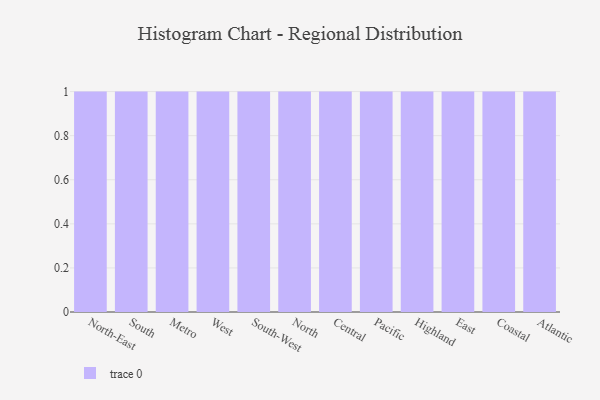
{"axis": {"x": "Region", "y": "Waste Production (Tons)"}, "legend": [""], "data": [{"x": "North-East", "y": 22, "type": ""}, {"x": "South", "y": 90, "type": ""}, {"x": "Metro", "y": 38, "type": ""}, {"x": "West", "y": 79, "type": ""}, {"x": "South-West", "y": 76, "type": ""}, {"x": "North", "y": 65, "type": ""}, {"x": "Central", "y": 79, "type": ""}, {"x": "Pacific", "y": 8, "type": ""}, {"x": "Highland", "y": 66, "type": ""}, {"x": "East", "y": 72, "type": ""}, {"x": "Coastal", "y": 97, "type": ""}, {"x": "Atlantic", "y": 10, "type": ""}]}